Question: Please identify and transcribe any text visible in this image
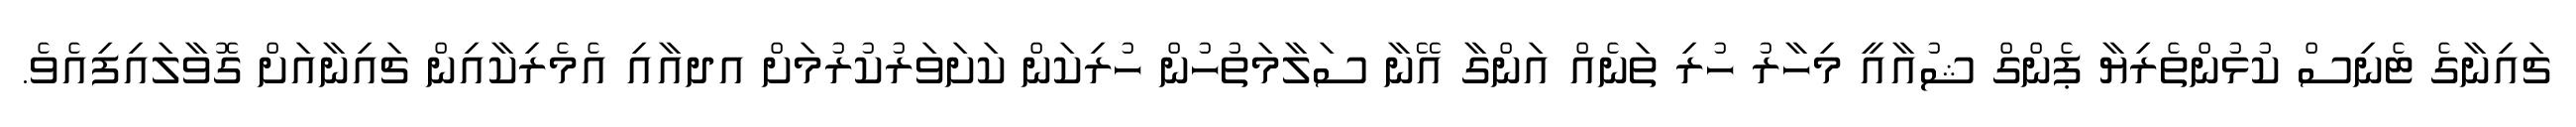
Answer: ޗައިނާގެ ޓެނިސް ކުޅުންތެރިޔާ ޕެންގް ޝުއާއީ މިހާރު ހުރި ތަނެއް އަންގާ އޭނާ ސަލާމަތުހުން ހުރިކަން ކަށަވަރުކުރުމަށް އދއާއި އެމެރިކާއިން ޗައިނާއަށް ގޮވާލައިފިއެވެ.